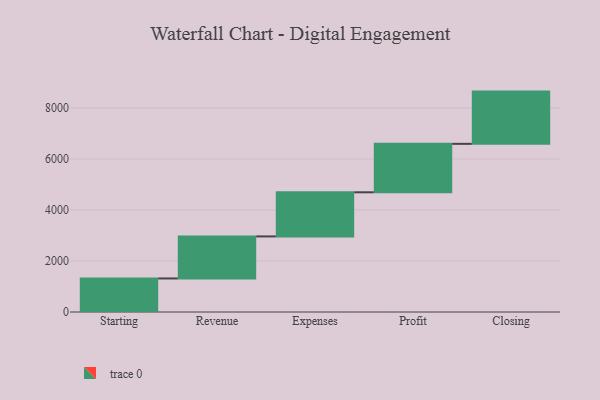
{"axis": {"x": "Step", "y": "Value"}, "legend": [""], "data": [{"x": "Starting", "y": 1315.0, "type": ""}, {"x": "Revenue", "y": 1648.0, "type": ""}, {"x": "Expenses", "y": 1730.0, "type": ""}, {"x": "Profit", "y": 1900.0, "type": ""}, {"x": "Closing", "y": 2048.0, "type": ""}]}